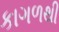
કાગળથી